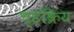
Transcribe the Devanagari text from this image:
च्हक्रिय